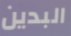
البدين